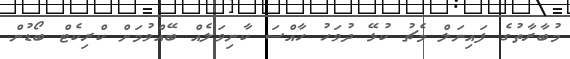
މުބާރާތުގެ ފައިނަލް މެޗު ކުޅޭ ދުވަހު ހާއްސަ ކާނިވަލެއް ބޭއްވުމަށް ކްރިކެޓް ބޯޑުން